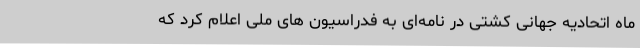
ماه اتحادیه جهانی کشتی در نامه‌ای به فدراسیون های ملی اعلام کرد که